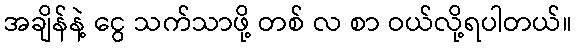
အချိန်နဲ့ ငွေ သက်သာဖို့ တစ် လ စာ ဝယ်လို့ရပါတယ်။